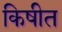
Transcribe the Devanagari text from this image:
किषीत